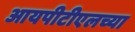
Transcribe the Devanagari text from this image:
आयपीटीएलच्या